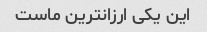
این یکی ارزانترین ماست